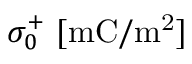
\sigma _ { 0 } ^ { + } ~ [ \mathrm { m C / m ^ { 2 } } ]